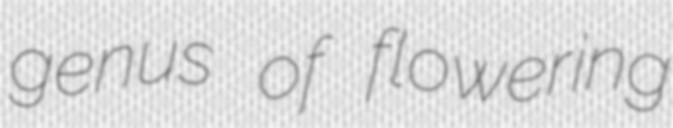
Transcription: genus of flowering